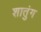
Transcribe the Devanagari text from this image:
शातुंग